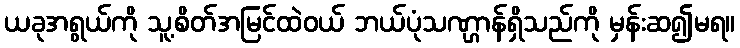
ယခုအရွယ်ကို သူ့စိတ်အမြင်ထဲဝယ် ဘယ်ပုံသဏ္ဌာန်ရှိသည်ကို မှန်းဆ၍မရ။